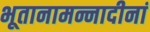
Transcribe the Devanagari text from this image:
भूतानामन्नादीनां